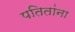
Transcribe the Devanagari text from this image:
पतितांना